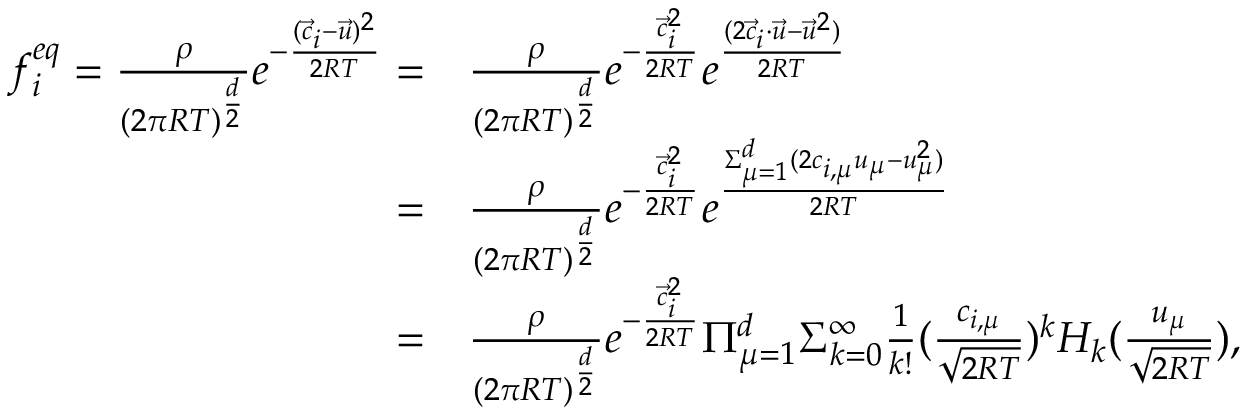
\begin{array} { r l } { f _ { i } ^ { e q } = \frac { \rho } { ( 2 \pi R T ) ^ { \frac { d } { 2 } } } e ^ { - \frac { ( \Vec { c } _ { i } - \Vec { u } ) ^ { 2 } } { 2 R T } } = } & { { } \frac { \rho } { ( 2 \pi R T ) ^ { \frac { d } { 2 } } } e ^ { - \frac { \Vec { c } _ { i } ^ { 2 } } { 2 R T } } e ^ { \frac { ( 2 \Vec { c } _ { i } \cdot \Vec { u } - \Vec { u } ^ { 2 } ) } { 2 R T } } } \\ { = } & { { } \frac { \rho } { ( 2 \pi R T ) ^ { \frac { d } { 2 } } } e ^ { - \frac { \Vec { c } _ { i } ^ { 2 } } { 2 R T } } e ^ { \frac { \Sigma _ { \mu = 1 } ^ { d } ( 2 c _ { i , \mu } u _ { \mu } - { u } _ { \mu } ^ { 2 } ) } { 2 R T } } } \\ { = } & { { } \frac { \rho } { ( 2 \pi R T ) ^ { \frac { d } { 2 } } } e ^ { - \frac { \Vec { c } _ { i } ^ { 2 } } { 2 R T } } \Pi _ { \mu = 1 } ^ { d } \Sigma _ { k = 0 } ^ { \infty } \frac { 1 } { k ! } ( \frac { c _ { i , \mu } } { \sqrt { 2 R T } } ) ^ { k } H _ { k } ( \frac { u _ { \mu } } { \sqrt { 2 R T } } ) , } \end{array}